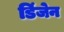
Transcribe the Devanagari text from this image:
डिंजेन